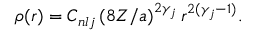
\rho ( r ) = C _ { n l j } \left( 8 Z / a \right) ^ { 2 \gamma _ { j } } r ^ { 2 ( \gamma _ { j } - 1 ) } .